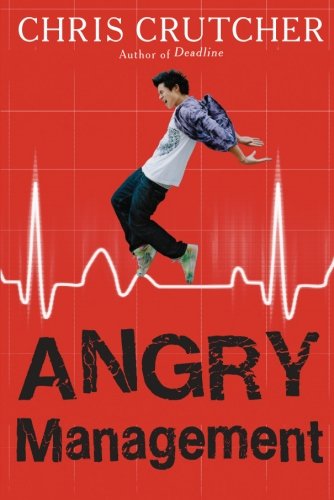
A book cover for Angry Management; Chris Crutcher; Teen & Young Adult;